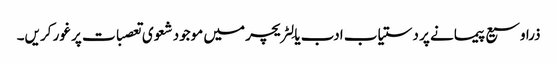
ذرا وسیع پیمانے پر دستیاب ادب یا لِٹریچر میں موجود شعوی تعصبات پر غور کریں۔